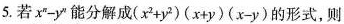
5.若$$x ^ { n } - y ^ { n }$$能分解成$$( x ^ { 2 } + y ^ { 2 } ) ( x + y ) ( x - y )$$的形式，则